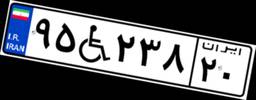
۰۱W۹۲۸۱۰